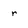
Character: r